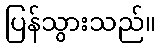
ပြန်သွားသည်။